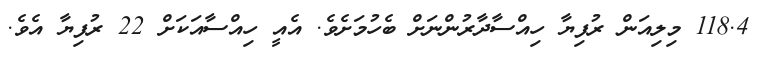
118.4 މިލިއަން ރުފިޔާ ހިއްސާދާރުންނަށް ބެހުމަށެވެ. އެއީ ހިއްސާއަކަށް 22 ރުފިޔާ އެވެ.